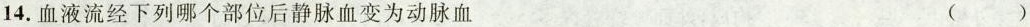
14.血液流经下列哪个部位后静脉血变为动脉血 （）